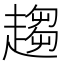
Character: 趨